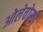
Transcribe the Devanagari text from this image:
ओलेचोस्की